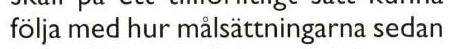
följa med hur målsättningarna sedan